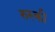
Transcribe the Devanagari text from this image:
रुस्की